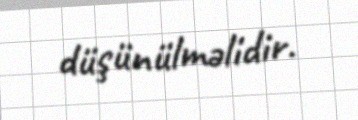
düşünülməlidir.